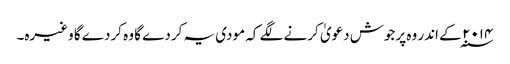
۲۰۱۴ ؁ کے اندر وہ پرجوش دعویٰ کرنے لگے کہ مودی یہ کردے گا وہ کردے گا وغیرہ۔